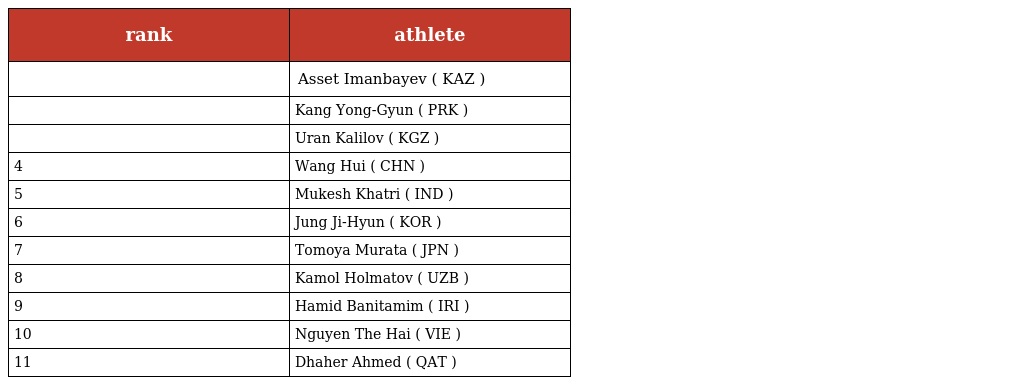
| rank | athlete |
 | --- | --- |
 |  | Asset Imanbayev ( KAZ ) |
 |  | Kang Yong-Gyun ( PRK ) |
 |  | Uran Kalilov ( KGZ ) |
 | 4 | Wang Hui ( CHN ) |
 | 5 | Mukesh Khatri ( IND ) |
 | 6 | Jung Ji-Hyun ( KOR ) |
 | 7 | Tomoya Murata ( JPN ) |
 | 8 | Kamol Holmatov ( UZB ) |
 | 9 | Hamid Banitamim ( IRI ) |
 | 10 | Nguyen The Hai ( VIE ) |
 | 11 | Dhaher Ahmed ( QAT ) |